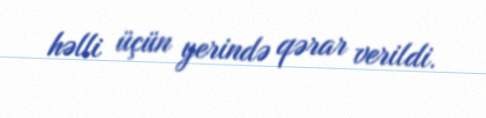
həlli üçün yerində qərar verildi.